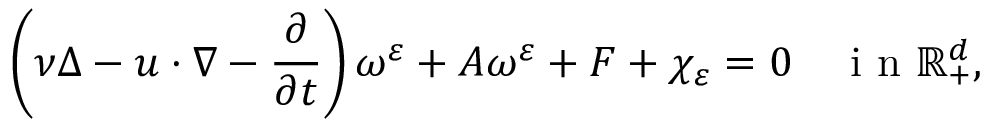
\left( \nu \Delta - u \cdot \nabla - \frac { \partial } { \partial t } \right) \omega ^ { \varepsilon } + A \omega ^ { \varepsilon } + F + \chi _ { \varepsilon } = 0 \quad \textrm { i n } \mathbb { R } _ { + } ^ { d } ,